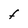
Character: F